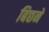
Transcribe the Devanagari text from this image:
बिछने